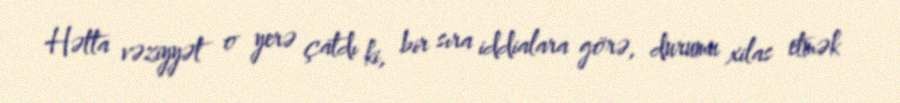
Hətta vəziyyət o yerə çatdı ki, bir sıra iddialara görə, durumu xilas etmək